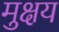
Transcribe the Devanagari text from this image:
मुक्षय